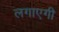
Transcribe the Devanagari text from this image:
लगाएगी